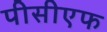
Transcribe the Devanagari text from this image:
पीसीएफ